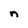
Character: n